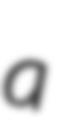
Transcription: a